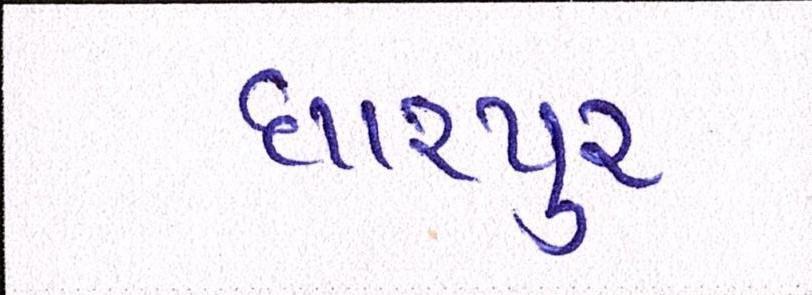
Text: ધારપુર